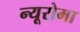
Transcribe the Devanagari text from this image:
न्यूरोमा